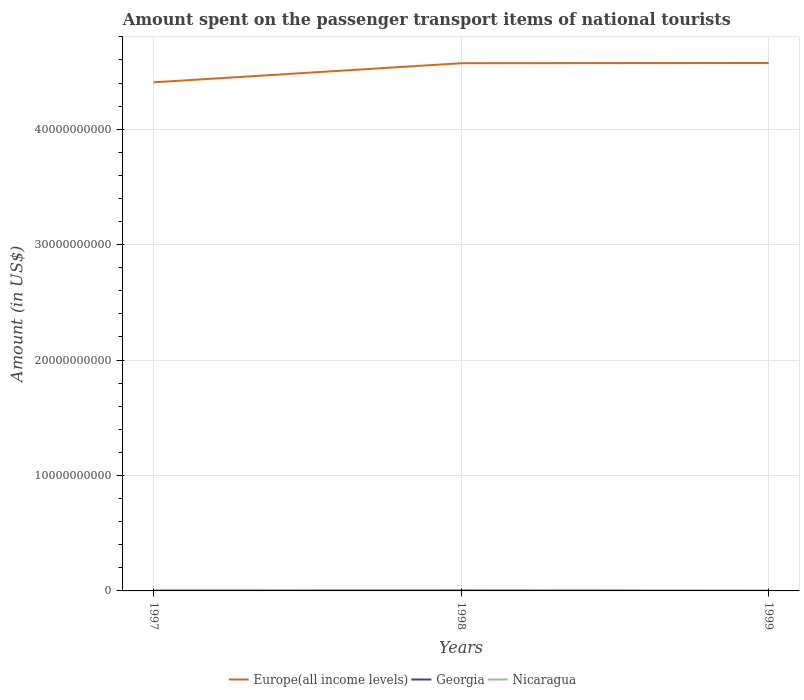
| Years | Europe(all income levels) | Georgia | Nicaragua |
 | --- | --- | --- | --- |
 | 1997 | 4.41e+10 | 2.8e+07 | 2e+06 |
 | 1998 | 4.57e+10 | 4.1e+07 | 3e+06 |
 | 1999 | 4.57e+10 | 1.3e+07 | 3e+06 |